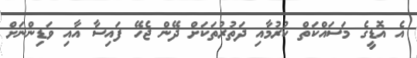
އެ އޮޑީގެ މަސައްކަތް ކުރުމާއި ދަތުރުތަކަށް ދޭން ޖެހޭ ފައިސާ އާއި ވަޑިންނަށް